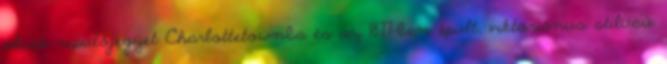
olcsó repülőjegyet Charlottetownba és az 1877-ben épült, viktoriánus stílusú